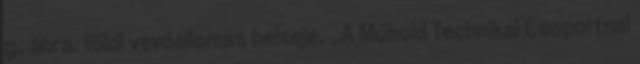
9. ábra. földi vevőállomás belseje. „A Műhold Technikai Csoportnál